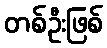
တစ်ဦးဖြစ်